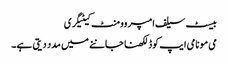
بیسٹ سیلف امپروومنٹ کیٹیگری
می مو نامی ایپ کوڈ لکھنا جاننے میں مدد دیتی ہے۔